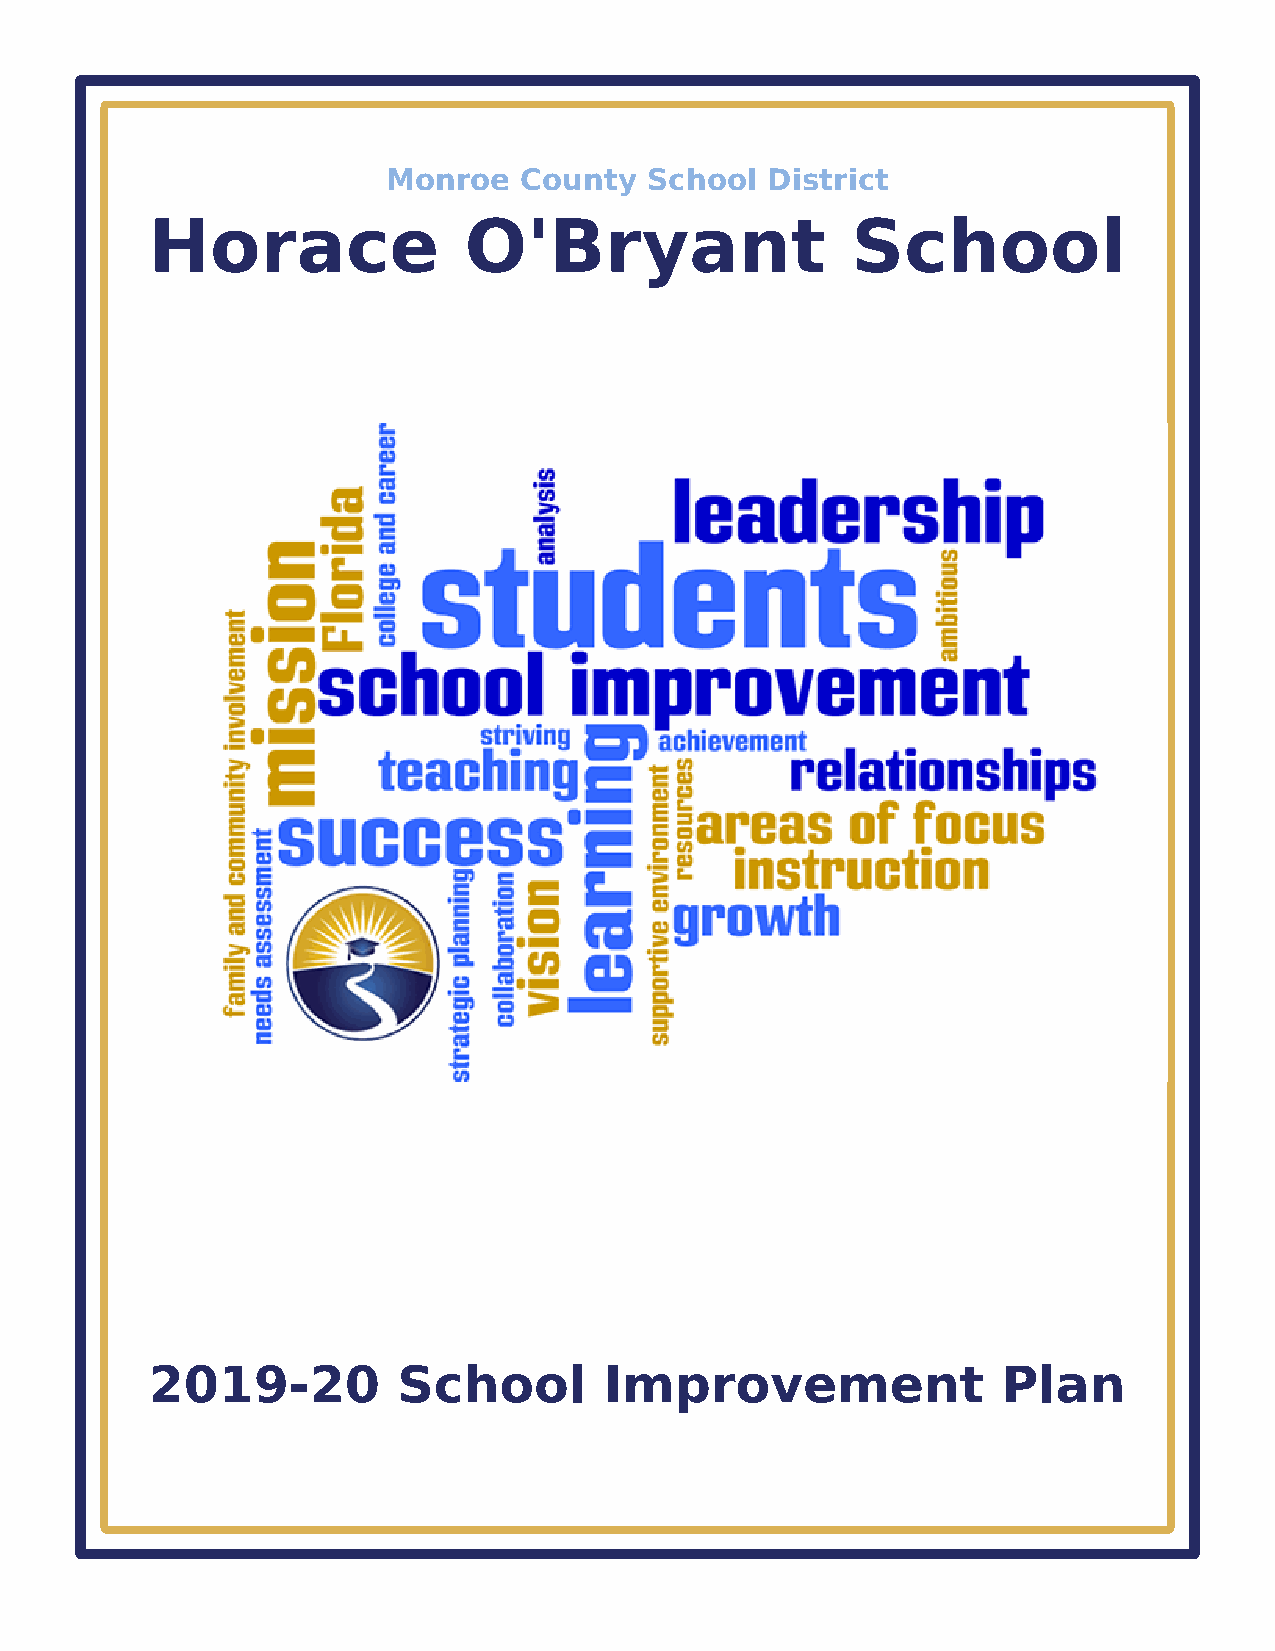
Monroe  County   School  District
 Horace               O'Bryant                 School
 2019-20         School        Improvement               Plan